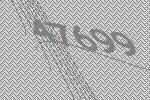
47699